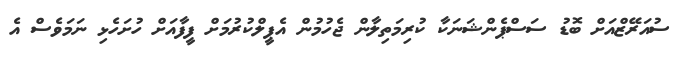
ސުއަރޭޒްއަށް ބޮޑު ސަސްޕެންޝަނަކާ ކުރިމަތިލާން ޖެހުމުން އެޕީލްކުރުމަށް ފީފާއަށް ހުށަހެޅި ނަމަވެސް އެ